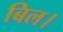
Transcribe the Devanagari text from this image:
बिल।